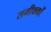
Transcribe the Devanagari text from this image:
समीक्षकोँ